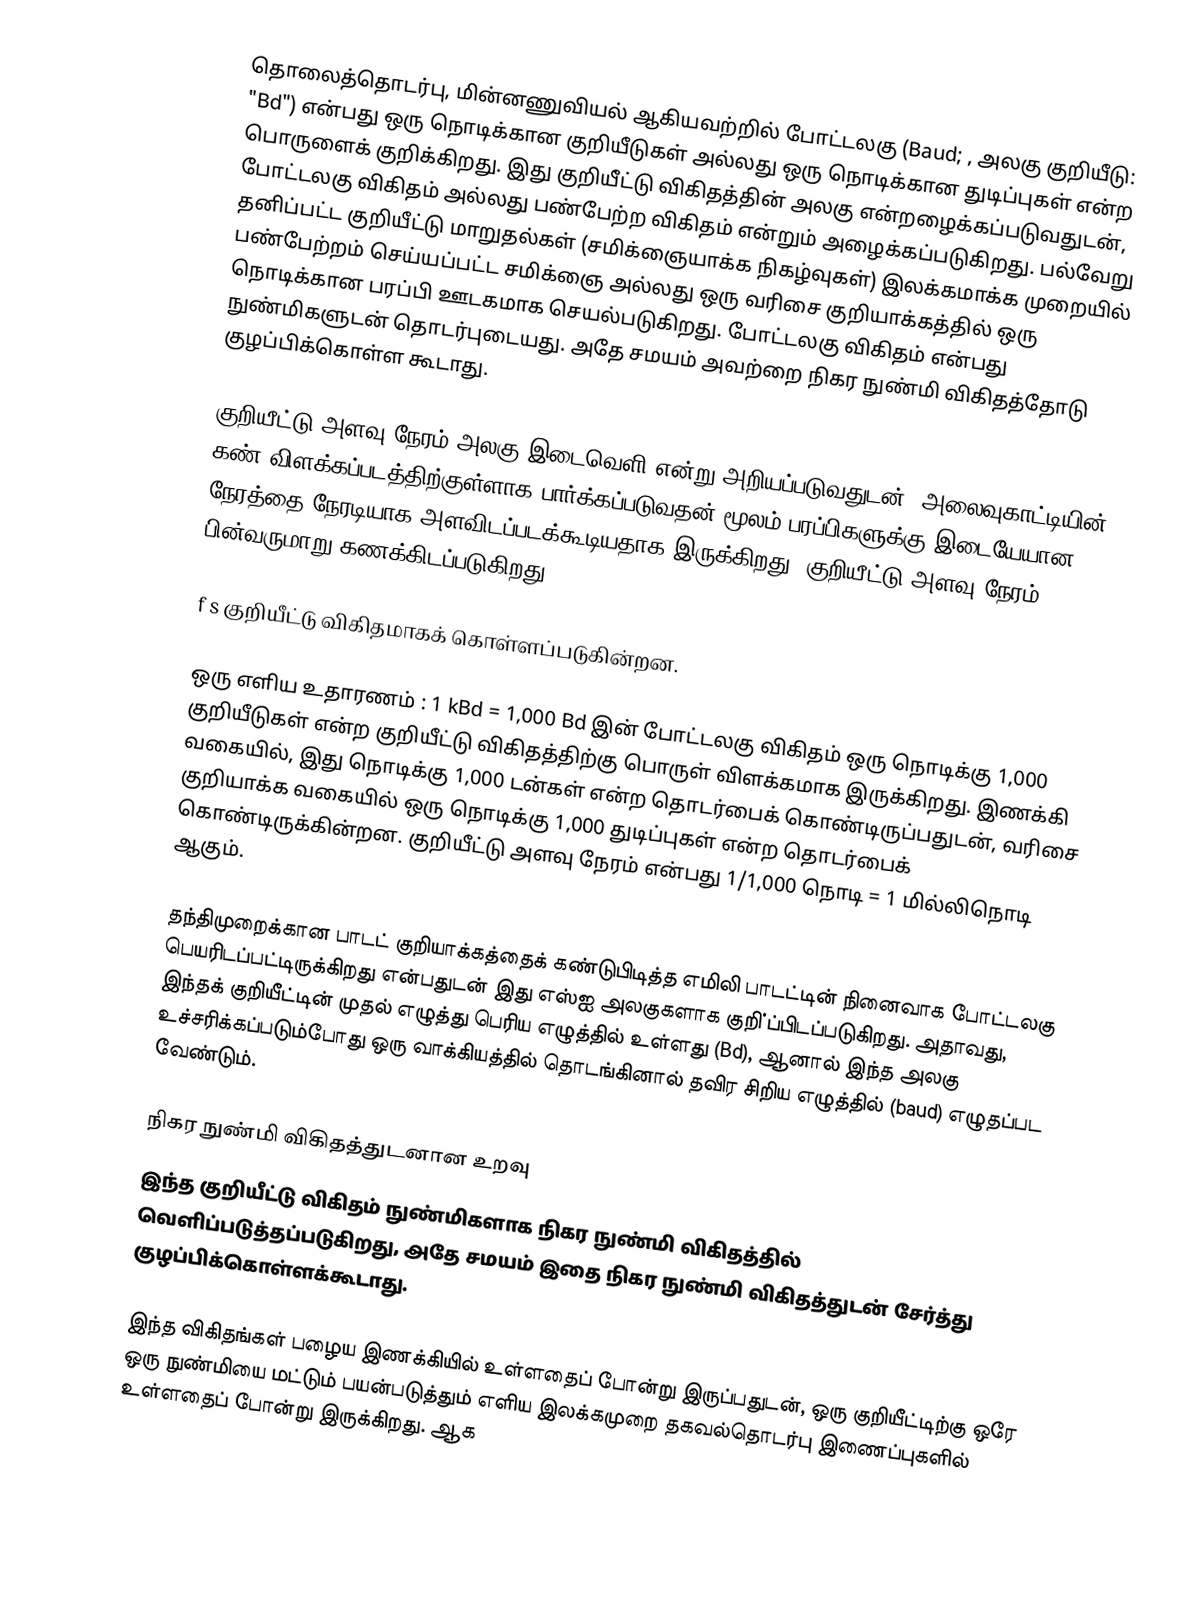
தொலைத்தொடர்பு, மின்னணுவியல் ஆகியவற்றில் போட்டலகு (Baud;  , அலகு குறியீடு: "Bd") என்பது ஒரு நொடிக்கான குறியீடுகள்  அல்லது ஒரு நொடிக்கான துடிப்புகள் என்ற பொருளைக் குறிக்கிறது. இது குறியீ்ட்டு விகிதத்தின் அலகு என்றழைக்கப்படுவதுடன், போட்டலகு விகிதம் அல்லது பண்பேற்ற விகிதம் என்றும் அழைக்கப்படுகிறது. பல்வேறு தனிப்பட்ட குறியீட்டு மாறுதல்கள் (சமிக்ஞையாக்க நிகழ்வுகள்) இலக்கமாக்க முறையில் பண்பேற்றம் செய்யப்பட்ட சமிக்ஞை அல்லது ஒரு வரிசை குறியாக்கத்தில் ஒரு நொடிக்கான பரப்பி ஊடகமாக செயல்படுகிறது. போட்டலகு விகிதம் என்பது நுண்மிகளுடன் தொடர்புடையது. அதே சமயம் அவற்றை நிகர நுண்மி விகிதத்தோடு குழப்பிக்கொள்ள கூடாது.

குறியீட்டு அளவு நேரம் அலகு இடைவெளி என்று அறியப்படுவதுடன், அலைவுகாட்டியின் கண் விளக்கப்படத்திற்குள்ளாக பார்க்கப்படுவதன் மூலம் பரப்பிகளுக்கு இடையேயான நேரத்தை நேரடியாக அளவிடப்படக்கூடியதாக இருக்கிறது. குறியீட்டு அளவு நேரம் T s பின்வருமாறு கணக்கிடப்படுகிறது:

f s குறியீட்டு விகிதமாகக் கொள்ளப்படுகின்றன.

ஒரு எளிய உதாரணம் : 1 kBd = 1,000 Bd இன் போட்டலகு விகிதம் ஒரு நொடிக்கு 1,000 குறியீடுகள் என்ற குறியீட்டு விகிதத்திற்கு பொருள் விளக்கமாக இருக்கிறது. இணக்கி வகையில், இது நொடிக்கு 1,000 டன்கள் என்ற தொடர்பைக் கொண்டிருப்பதுடன், வரிசை குறியாக்க வகையில் ஒரு நொடிக்கு 1,000 துடிப்புகள் என்ற தொடர்பைக் கொண்டிருக்கின்றன. குறியீட்டு அளவு நேரம் என்பது 1/1,000 நொடி = 1 மில்லிநொடி ஆகும்.

தந்திமுறைக்கான பாடட் குறியாக்கத்தைக் கண்டுபிடித்த எமிலி பாடட்டின் நினைவாக போட்டலகு பெயரிடப்பட்டிருக்கிறது என்பதுடன் இது எஸ்ஐ அலகுகளாக குறி்ப்பிடப்படுகிறது. அதாவது, இந்தக் குறியீட்டின் முதல் எழுத்து பெரிய எழுத்தில் உள்ளது (Bd), ஆனால் இந்த அலகு உச்சரிக்கப்படும்போது ஒரு வாக்கியத்தில் தொடங்கினால் தவிர சிறிய எழுத்தில் (baud) எழுதப்பட வேண்டும்.

நிகர நுண்மி விகிதத்துடனான உறவு
இந்த குறியீட்டு விகிதம் நுண்மிகளாக நிகர நுண்மி விகிதத்தில் வெளிப்படுத்தப்படுகிறது, அதே சமயம் இதை நிகர நுண்மி விகிதத்துடன் சேர்த்து குழப்பிக்கொள்ளக்கூடாது.

இந்த விகிதங்கள் பழைய இணக்கியில் உள்ளதைப் போன்று இருப்பதுடன், ஒரு குறியீட்டிற்கு ஒரே ஒரு நுண்மியை மட்டும் பயன்படுத்தும் எளிய இலக்கமுறை தகவல்தொடர்பு இணைப்புகளில் உள்ளதைப் போன்று இருக்கிறது. ஆக